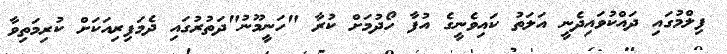
ފިލްމުގައި ދައްކުވައިދެނީ އަލަތު ކައިވެނީގެ އުފާ ހޯދުމަށް ކުރާ "ހަނީމޫނު"ދަތުރުގައި ދެމަފިރިއަކަށް ކުރިމަތިވާ